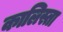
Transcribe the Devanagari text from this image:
कालिस्ता